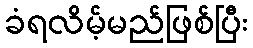
ခံရလိမ့်မည်ဖြစ်ပြီး